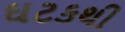
ઘટકથી